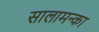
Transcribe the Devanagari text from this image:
सालामन्का